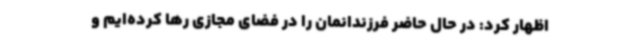
اظهار کرد: در حال حاضر فرزندانمان را در فضای مجازی رها کرده‌ایم و